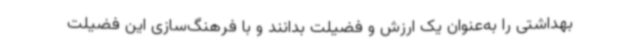
بهداشتی را به‌عنوان یک ارزش و فضیلت بدانند و با فرهنگ‌سازی این فضیلت